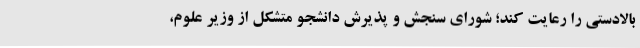
بالادستی را رعایت کند؛ شورای سنجش و پذیرش دانشجو متشکل از وزیر علوم،